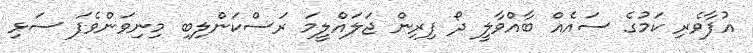
އުފާވެރި ކަމުގެ ސައެއް ބާއްވާލީ ދޯ ފިރިން ޖަލައްލީމަ ރަސްކަންލިބި މިނިވަންވެފަ ސަޅި